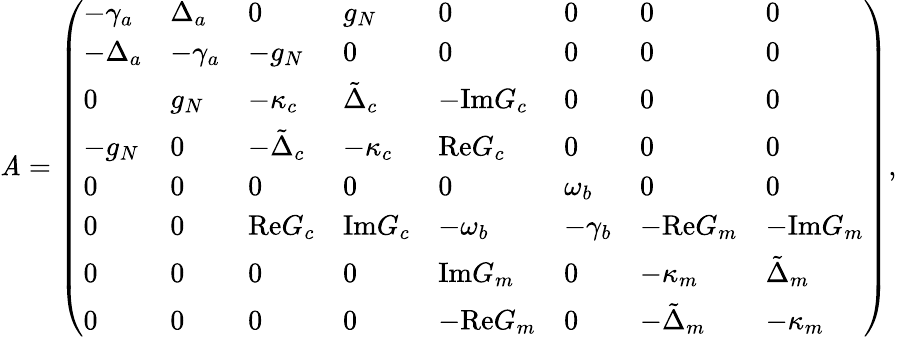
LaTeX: \mathit{A}=\left(\begin{array}{llllllll}{-\gamma_{a}}&{\Delta_{a}}&{0}&{g_{N}}&{0}&{0}&{0}&{0}\\ {-\Delta_{a}}&{-\gamma_{a}}&{-g_{N}}&{0}&{0}&{0}&{0}&{0}\\ {0}&{g_{N}}&{-\kappa_{c}}&{\tilde{\Delta}_{c}}&{-\mathrm{Im}G_{c}}&{0}&{0}&{0}\\ {-g_{N}}&{0}&{-\tilde{\Delta}_{c}}&{-\kappa_{c}}&{\mathrm{Re}G_{c}}&{0}&{0}&{0}\\ {0}&{0}&{0}&{0}&{0}&{\omega_{b}}&{0}&{0}\\ {0}&{0}&{\mathrm{Re}G_{c}}&{\mathrm{Im}G_{c}}&{-\omega_{b}}&{-\gamma_{b}}&{-\mathrm{Re}G_{m}}&{-\mathrm{Im}G_{m}}\\ {0}&{0}&{0}&{0}&{\mathrm{Im}G_{m}}&{0}&{-\kappa_{m}}&{\tilde{\Delta}_{m}}\\ {0}&{0}&{0}&{0}&{-\mathrm{Re}G_{m}}&{0}&{-\tilde{\Delta}_{m}}&{-\kappa_{m}}\end{array}\right),